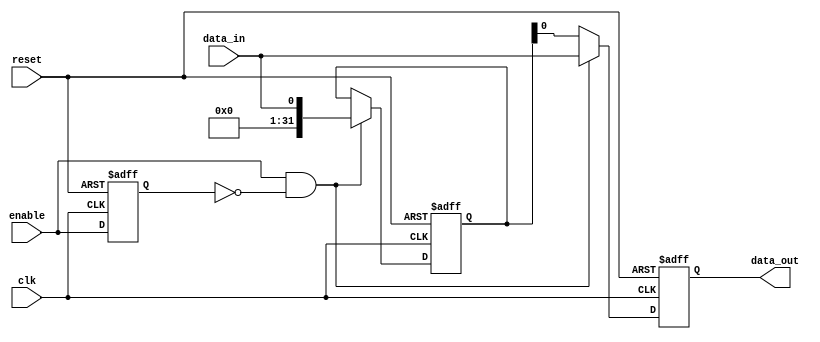
module simple_bypass_reg(
    input wire clk,
    input wire reset,
    input wire enable,
    input wire data_in,
    output reg data_out
);

reg bypass_enable;
reg [31:0] reg_data;

always @(posedge clk or posedge reset) begin
    if (reset) begin
        data_out <= 0;
        bypass_enable <= 0;
        reg_data <= 0;
    end else begin
        if (enable && !bypass_enable) begin
            reg_data <= data_in;
            data_out <= data_in;
        end else begin
            data_out <= reg_data;
        end
        bypass_enable <= enable;
    end
end

endmodule